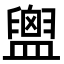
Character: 𪾙